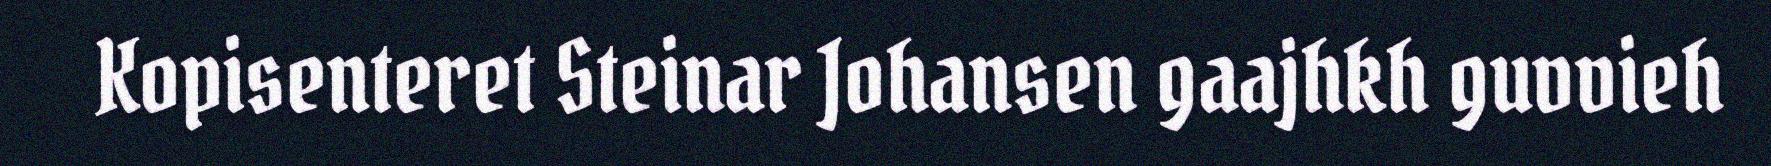
Kopisenteret Steinar Johansen gaajhkh guvvieh